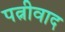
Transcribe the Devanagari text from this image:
पत्नीवाद